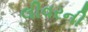
લીવરની